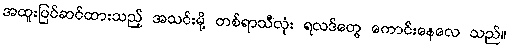
အထူးပြင်ဆင်ထားသည့် အသင်းမို့ တစ်ရာသီလုံး ရလဒ်တွေ ကောင်းနေလေ သည်။